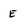
Character: E